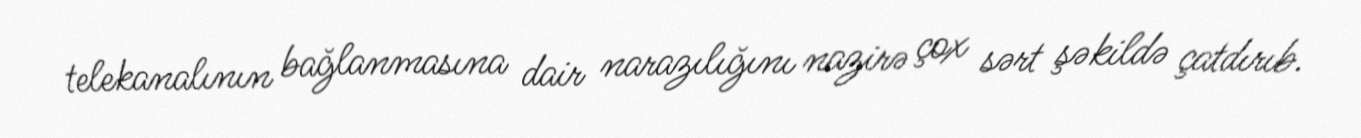
telekanalının bağlanmasına dair narazılığını nazirə çox sərt şəkildə çatdırıb.